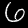
Digit: 6